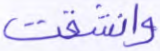
وانشقت